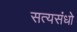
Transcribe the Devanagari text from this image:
सत्यसंधो